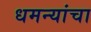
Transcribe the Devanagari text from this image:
धमन्यांचा